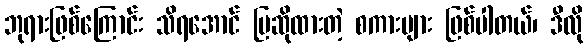
ဘုရားဖြစ်ကြောင်း သိရအောင် ပြဆိုထားတဲ့ စကားများ ဖြစ်ပါတယ်၊ ဒီလို